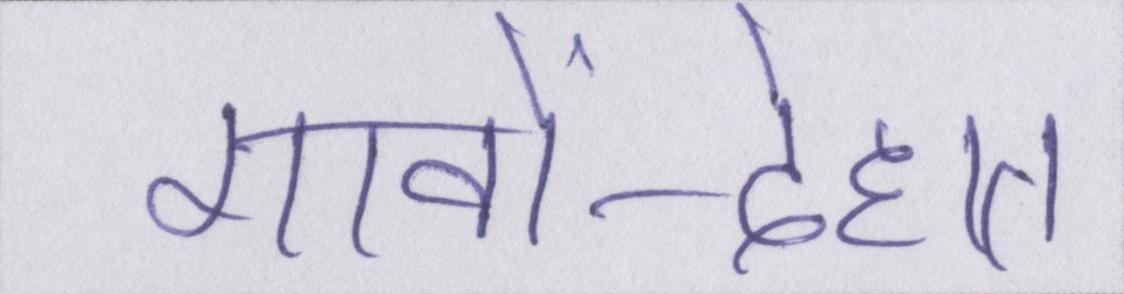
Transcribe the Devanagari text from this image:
गावों-देहात